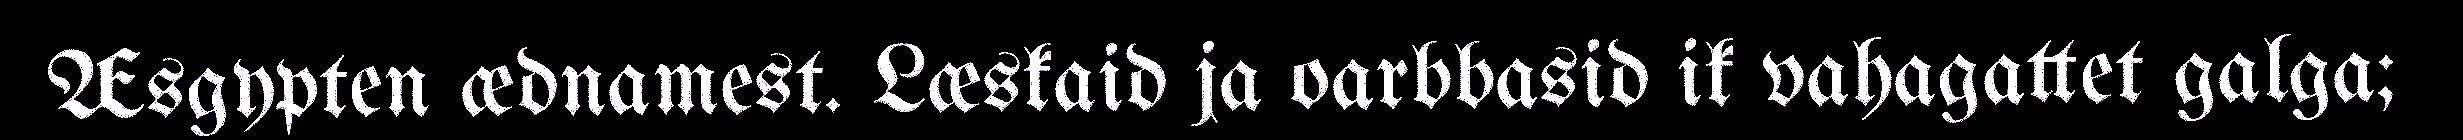
Æsgypten ædnamest. Læskaid ja oarbbasid ik vahagattet galga;